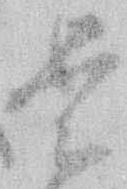
是